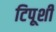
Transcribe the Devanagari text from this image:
टिपूशी